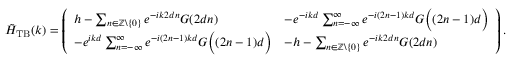
\tilde { H } _ { \mathrm { T B } } ( k ) = \left( \begin{array} { l l } { h - \sum _ { n \in \mathbb { Z } \backslash \{ 0 \} } e ^ { - i k 2 d n } G ( 2 d n ) } & { - e ^ { - i k d } \sum _ { n = - \infty } ^ { \infty } e ^ { - i ( 2 n - 1 ) k d } G \Bigl ( ( 2 n - 1 ) d \Bigr ) } \\ { - e ^ { i k d } \sum _ { n = - \infty } ^ { \infty } e ^ { - i ( 2 n - 1 ) k d } G \Bigl ( ( 2 n - 1 ) d \Bigr ) } & { - h - \sum _ { n \in \mathbb { Z } \backslash \{ 0 \} } e ^ { - i k 2 d n } G ( 2 d n ) } \end{array} \right) .